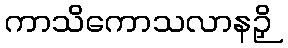
ကာသိကောသလာနဉှိ